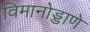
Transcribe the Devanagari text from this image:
विमानोड्डाणे